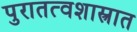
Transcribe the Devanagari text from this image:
पुरातत्वशास्त्रात